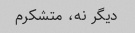
دیگر نه، متشکرم